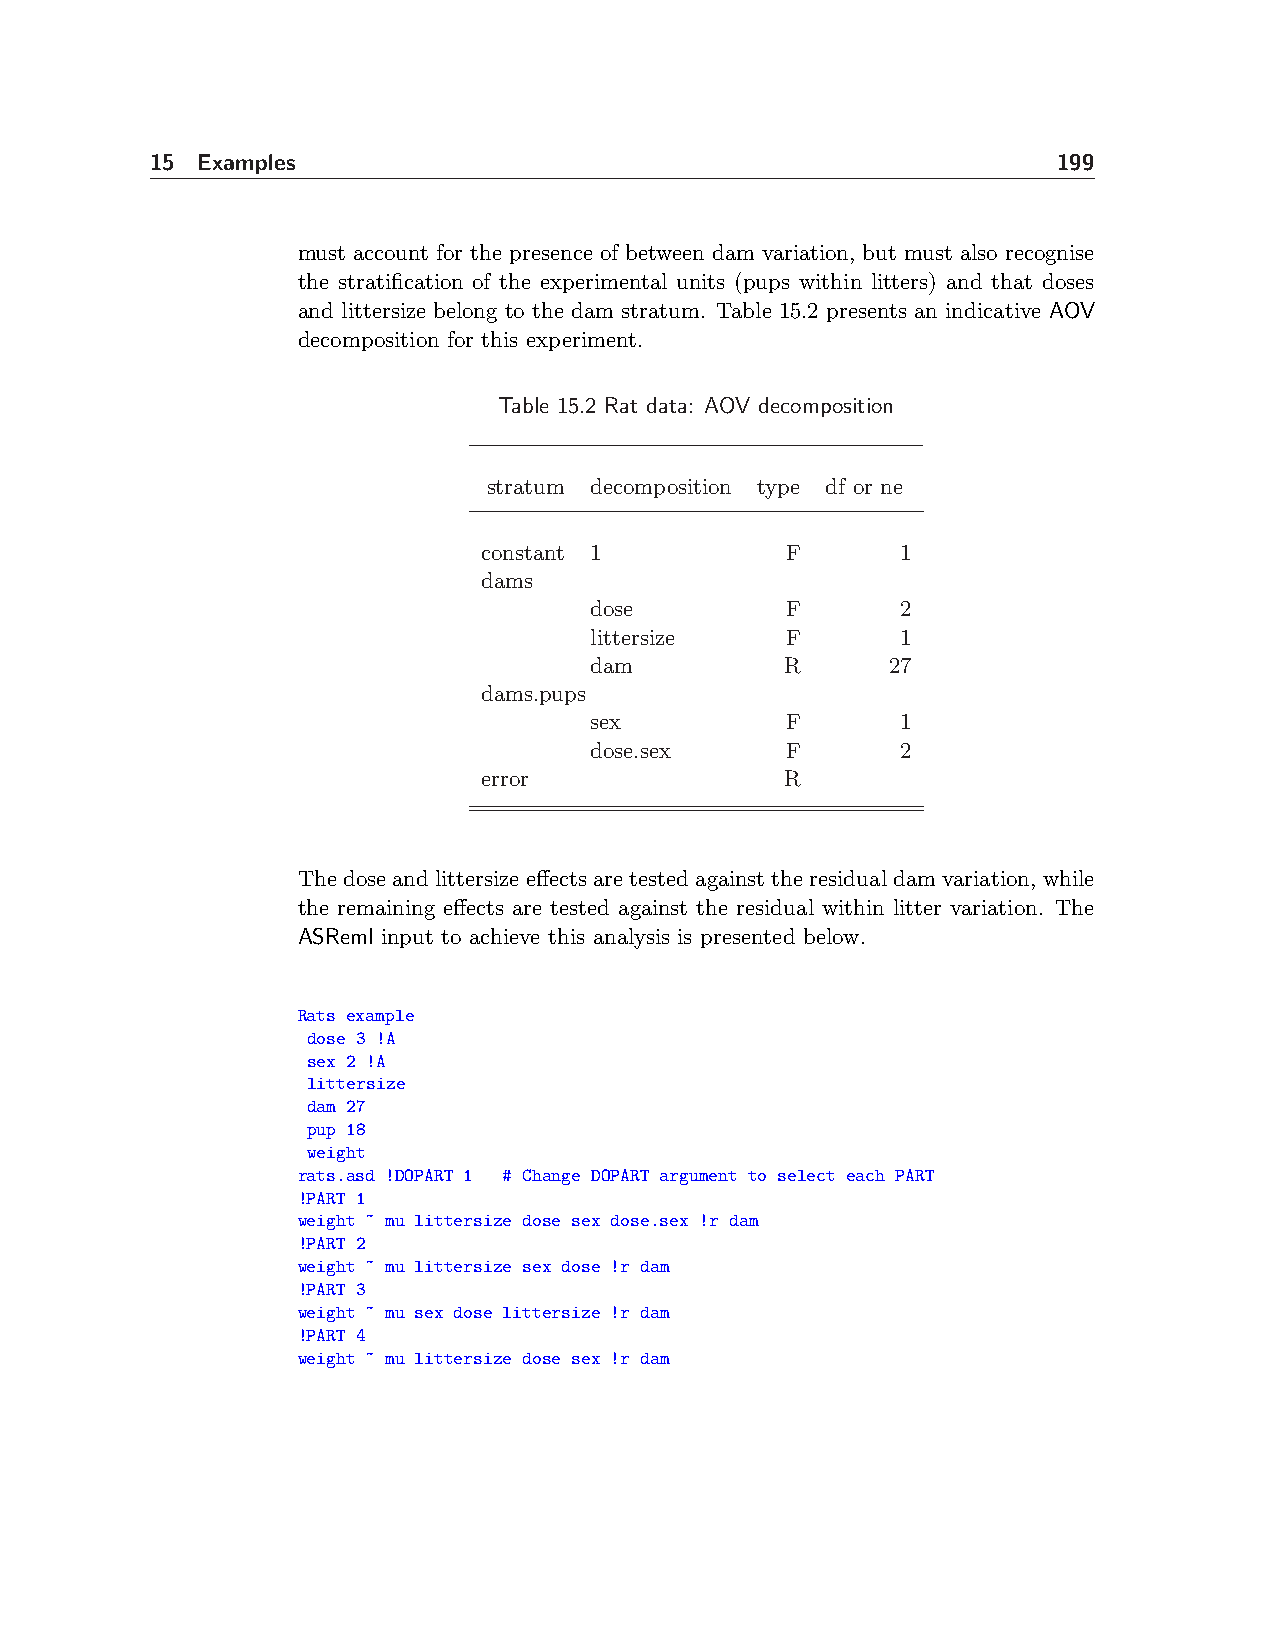
15 Examples                                                 199
 must account for the presence of between dam variation, but must also recognise
 the stratification of the experimental units (pups within litters) and that doses
 and littersize belong to the dam stratum. Table 15.2 presents an indicative AOV
 decomposition for this experiment.
 Table 15.2 Rat data: AOV decomposition
 stratum decomposition type df or ne
 constant 1          F       1
 dams
 dose         F       2
 littersize   F       1
 dam          R      27
 dams.pups
 sex          F       1
 dose.sex     F       2
 error               R
 Thedoseandlittersizeeffectsaretestedagainsttheresidualdamvariation, while
 the remaining effects are tested against the residual within litter variation. The
 ASReml input to achieve this analysis is presented below.
 Rats example
 dose 3 !A
 sex 2 !A
 littersize
 dam 27
 pup 18
 weight
 rats.asd !DOPART 1 # Change DOPART argument to select each PART
 !PART 1
 weight ~ mu littersize dose sex dose.sex !r dam
 !PART 2
 weight ~ mu littersize sex dose !r dam
 !PART 3
 weight ~ mu sex dose littersize !r dam
 !PART 4
 weight ~ mu littersize dose sex !r dam